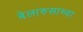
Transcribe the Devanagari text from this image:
बेलारुसाच्या